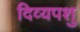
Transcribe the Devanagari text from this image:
दिव्यपशु